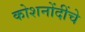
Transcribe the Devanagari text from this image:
कोशनोंदींचे